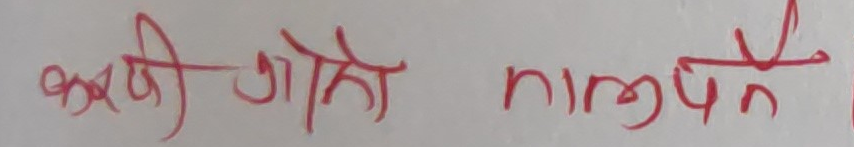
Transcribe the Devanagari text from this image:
कबीर जाते nimúpn